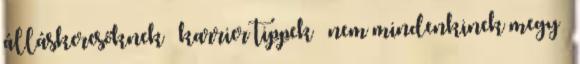
álláskeresőknek karrier tippek nem mindenkinek megy –